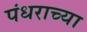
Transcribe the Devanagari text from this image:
पंधराच्या